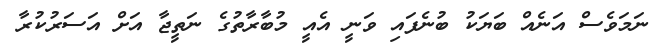
ނަމަވެސް އަނެއް ބަޔަކު ބުނެފައި ވަނީ އެއީ މުބާރާތުގެ ނަތީޖާ އަށް އަސަރުކުރާ